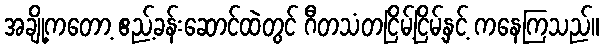
အချို့ကတော့ ဧည့်ခန်းဆောင်ထဲတွင် ဂီတသံတငြိမ့်ငြိမ့်နှင့် ကနေကြသည်။